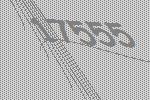
17555